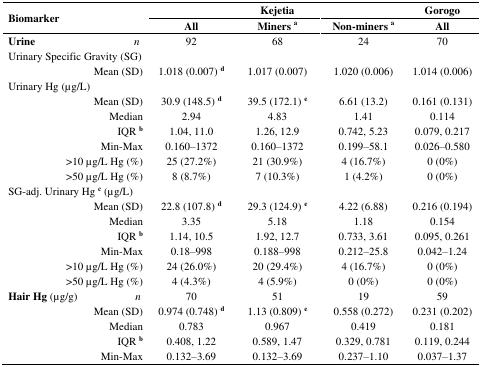
<table><thead><tr><td rowspan="2" colspan="2"><b>Biomarker</b></td><td colspan="3"><b>Kejetia</b></td><td><b>Gorogo</b></td></tr><tr><td><b>All</b></td><td><b>Miners <sup>a</sup></b></td><td><b>Non-miners <sup>a</sup></b></td><td><b>All</b></td></tr></thead><tbody><tr><td><b>Urine</b></td><td><i>n</i></td><td>92</td><td>68</td><td>24</td><td>70</td></tr><tr><td>Urinary Specific Gravity (SG)</td><td></td><td></td><td></td><td></td><td></td></tr><tr><td></td><td>Mean (SD)</td><td>1.018 (0.007) <b><sup>d</sup></b></td><td>1.017 (0.007)</td><td>1.020 (0.006)</td><td>1.014 (0.006)</td></tr><tr><td>Urinary Hg (μg/L)</td><td></td><td></td><td></td><td></td><td></td></tr><tr><td></td><td>Mean (SD)</td><td>30.9 (148.5) <b><sup>d</sup></b></td><td>39.5 (172.1) <b><sup>e</sup></b></td><td>6.61 (13.2)</td><td>0.161 (0.131)</td></tr><tr><td></td><td>Median</td><td>2.94</td><td>4.83</td><td>1.41</td><td>0.114</td></tr><tr><td></td><td>IQR <b><sup>b</sup></b></td><td>1.04, 11.0</td><td>1.26, 12.9</td><td>0.742, 5.23</td><td>0.079, 0.217</td></tr><tr><td></td><td>Min-Max</td><td>0.160–1372</td><td>0.160–1372</td><td>0.199–58.1</td><td>0.026–0.580</td></tr><tr><td></td><td>&gt;10 μg/L Hg (%)</td><td>25 (27.2%)</td><td>21 (30.9%)</td><td>4 (16.7%)</td><td>0 (0%)</td></tr><tr><td></td><td>&gt;50 μg/L Hg (%)</td><td>8 (8.7%)</td><td>7 (10.3%)</td><td>1 (4.2%)</td><td>0 (0%)</td></tr><tr><td>SG-adj. Urinary Hg <b><sup>c</sup></b> (μg/L)</td><td></td><td></td><td></td><td></td><td></td></tr><tr><td></td><td>Mean (SD)</td><td>22.8 (107.8) <b><sup>d</sup></b></td><td>29.3 (124.9) <b><sup>e</sup></b></td><td>4.22 (6.88)</td><td>0.216 (0.194)</td></tr><tr><td></td><td>Median</td><td>3.35</td><td>5.18</td><td>1.18</td><td>0.154</td></tr><tr><td></td><td>IQR <b><sup>b</sup></b></td><td>1.14, 10.5</td><td>1.92, 12.7</td><td>0.733, 3.61</td><td>0.095, 0.261</td></tr><tr><td></td><td>Min-Max</td><td>0.18–998</td><td>0.188–998</td><td>0.212–25.8</td><td>0.042–1.24</td></tr><tr><td></td><td>&gt;10 μg/L Hg (%)</td><td>24 (26.0%)</td><td>20 (29.4%)</td><td>4 (16.7%)</td><td>0 (0%)</td></tr><tr><td></td><td>&gt;50 μg/L Hg (%)</td><td>4 (4.3%)</td><td>4 (5.9%)</td><td>0 (0%)</td><td>0 (0%)</td></tr><tr><td><b>Hair Hg</b> (μg/g)</td><td><i>n</i></td><td>70</td><td>51</td><td>19</td><td>59</td></tr><tr><td></td><td>Mean (SD)</td><td>0.974 (0.748) <b><sup>d</sup></b></td><td>1.13 (0.809) <b><sup>e</sup></b></td><td>0.558 (0.272)</td><td>0.231 (0.202)</td></tr><tr><td></td><td>Median</td><td>0.783</td><td>0.967</td><td>0.419</td><td>0.181</td></tr><tr><td></td><td>IQR <b><sup>b</sup></b></td><td>0.408, 1.22</td><td>0.589, 1.47</td><td>0.329, 0.781</td><td>0.119, 0.244</td></tr><tr><td></td><td>Min-Max</td><td>0.132–3.69</td><td>0.132–3.69</td><td>0.237–1.10</td><td>0.037–1.37</td></tr></tbody></table>